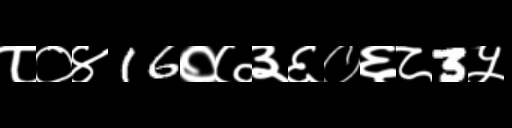
Text: ८०४16०७३६०६८3५